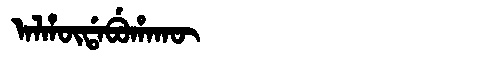
Manchu: ᠠᠯᡥᡡᡩᠠᠪᡠᡥᠠᡴᡡ
Romanization: ALHŪDABUHAKŪ